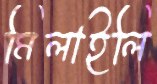
মিলাইলি